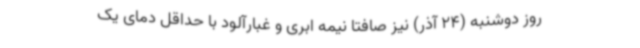
روز دوشنبه (24 آذر) نیز صافتا نیمه ابری و غبارآلود با حداقل دمای یک